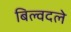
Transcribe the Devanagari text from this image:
बिल्वदले